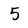
Character: 5